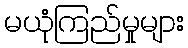
မယုံကြည်မှုများ